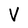
Character: V